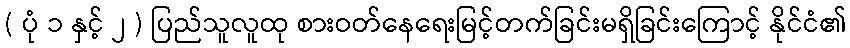
( ပုံ ၁ နှင့် ၂ ) ပြည်သူလူထု စားဝတ်နေရေးမြင့်တက်ခြင်းမရှိခြင်းကြောင့် နိုင်ငံ၏